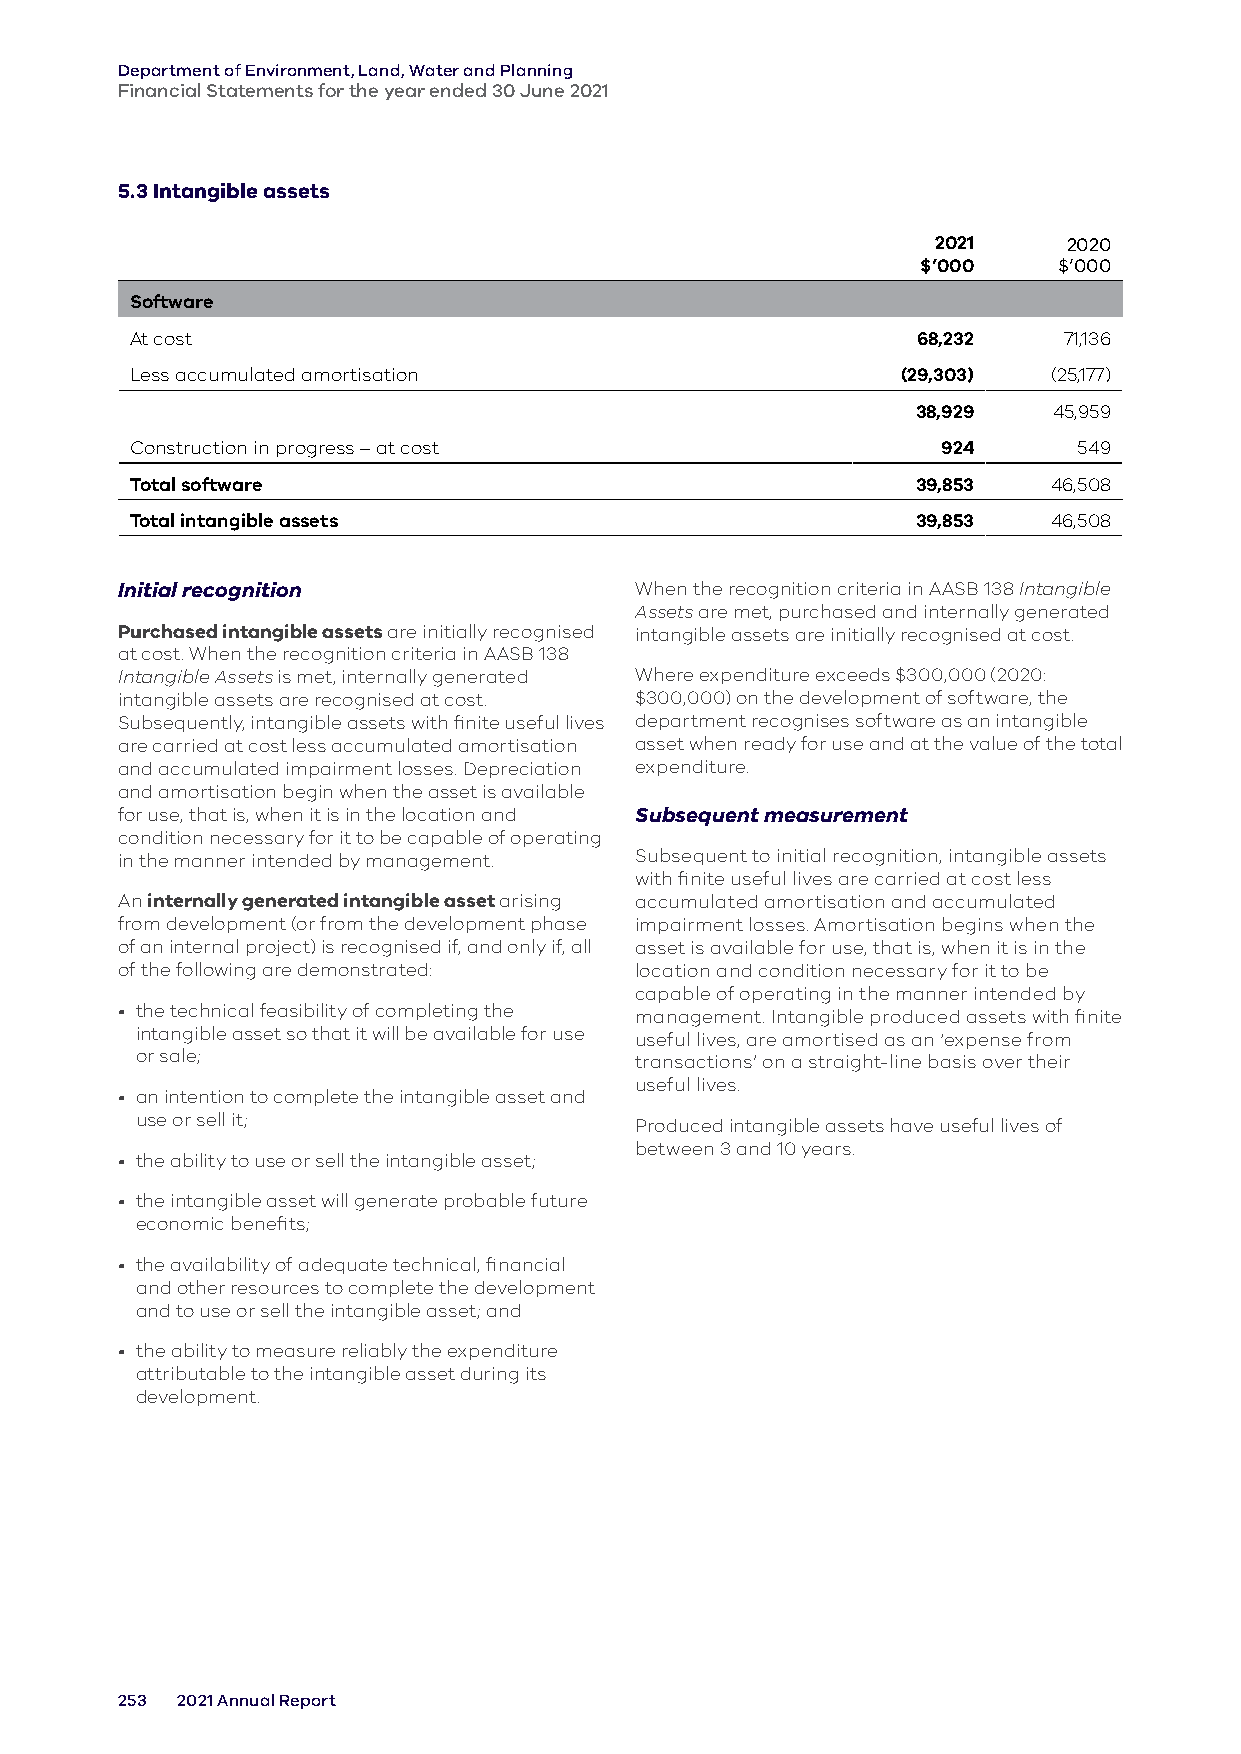
Department of Environment, Land, Water and Planning
 Financial Statements for the year ended 30 June 2021
 5.3 Intangible assets
 2021     2020
 $’000    $’000
 Software
 At cost                                             68,232   71,136
 Less accumulated amortisation                      (29,303)  (25,177)
 38,929   45,959
 Construction in progress – at cost                   924      549
 Total software                                      39,853   46,508
 Total intangible assets                             39,853   46,508
 Initial recognition               When the recognition criteria in AASB 138 Intangible
 Assets are met, purchased and internally generated
 Purchased intangible assets are initially recognised intangible assets are initially recognised at cost.
 at cost. When the recognition criteria in AASB 138
 Intangible Assets is met, internally generated Where expenditure exceeds $300,000 (2020:
 intangible assets are recognised at cost. $300,000) on the development of software, the
 Subsequently, intangible assets with finite useful lives department recognises software as an intangible
 are carried at cost less accumulated amortisation asset when ready for use and at the value of the total
 and accumulated impairment losses. Depreciation expenditure.
 and amortisation begin when the asset is available
 for use, that is, when it is in the location and Subsequent measurement
 condition necessary for it to be capable of operating
 in the manner intended by management. Subsequent to initial recognition, intangible assets
 with finite useful lives are carried at cost less
 An internally generated intangible asset arising accumulated amortisation and accumulated
 from development (or from the development phase impairment losses. Amortisation begins when the
 of an internal project) is recognised if, and only if, all asset is available for use, that is, when it is in the
 of the following are demonstrated: location and condition necessary for it to be
 capable of operating in the manner intended by
 • the technical feasibility of completing the management. Intangible produced assets with finite
 intangible asset so that it will be available for use useful lives, are amortised as an ‘expense from
 or sale;                         transactions’ on a straight-line basis over their
 useful lives.
 • an intention to complete the intangible asset and
 use or sell it;                  Produced intangible assets have useful lives of
 between 3 and 10 years.
 • the ability to use or sell the intangible asset;
 • the intangible asset will generate probable future
 economic benefits;
 • the availability of adequate technical, financial
 and other resources to complete the development
 and to use or sell the intangible asset; and
 • the ability to measure reliably the expenditure
 attributable to the intangible asset during its
 development.
 253 2021 Annual Report